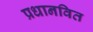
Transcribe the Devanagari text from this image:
प्रधानवित